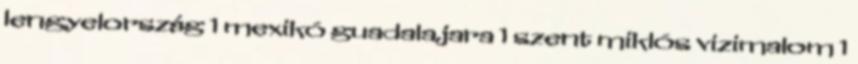
lengyelország 1 mexikó guadalajara 1 szent miklós vizimalom 1